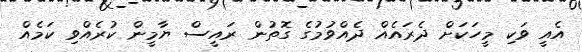
އެއީ ވަކި މީހަކަށް ދެރައެއް ދެއްވުމުގެ ގޮތުން ރައީސް ޔާމީން ކުރެއްވި ކަމެއް